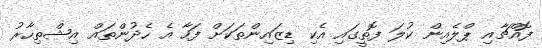
ފޮއްޗާއި ޕްލެއިން ކުލަ ފޮތީގައި އެކި ޑިޒައިންތަކަށް ފަހާ އެ ހެދުންތައް އިޝްތިހާރު